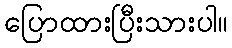
ပြောထားပြီးသားပါ။